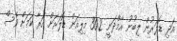
އަދި ޑޮލަރުން ލިބުނު އާމްދަނީ 30.2 މިލިއަން ޑޮލަރަށް އަރާ ކަމަށް ވެސް